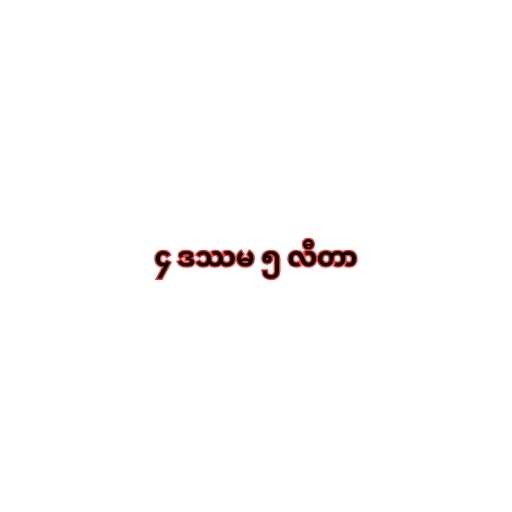
၄ ဒဿမ ၅ လီတာ